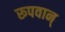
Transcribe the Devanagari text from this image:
रूपवान्